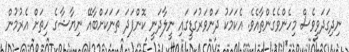
ނިދިގަދަވީވެސް މިހެންވެގެންތާއެވެ. އެކަމަކު ދަންވަރުގަޑީގައި ނީލާދަނީ ކޮންފަދަ ތަނަކަށްބާއޭ ނިޔާޝާގެ ހިތަށް އެރުމުން